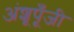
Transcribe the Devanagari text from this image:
अंशूपूँजी